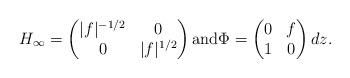
LaTeX: \begin{align*}H_\infty = \begin{pmatrix} |f|^{-1/2} & 0\\ 0 & |f|^{1/2} \end{pmatrix} \mbox{and} \Phi=\begin{pmatrix} 0 & f \\ 1 & 0 \end{pmatrix} dz.\end{align*}